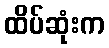
ထိပ်ဆုံးက